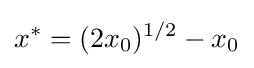
x^{*}=(2x_{0})^{1/2}-x_{0}